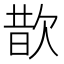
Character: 𪴮